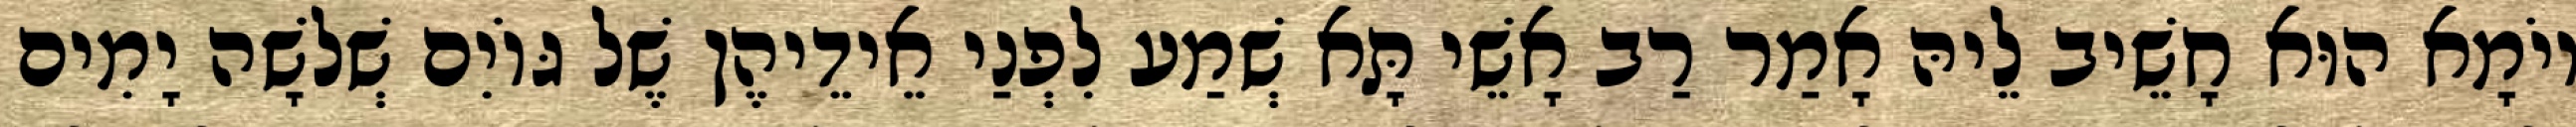
יוֹמָא הוּא חָשֵׁיב לֵיהּ אָמַר רַב אָשֵׁי תָּא שְׁמַע לִפְנַי אֵידֵיהֶן שֶׁל גּוֹיִם שְׁלֹשָׁה יָמִים